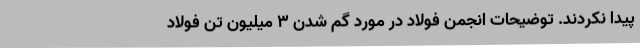
پیدا نکردند. توضیحات انجمن فولاد در مورد گم شدن ۳ میلیون تن فولاد